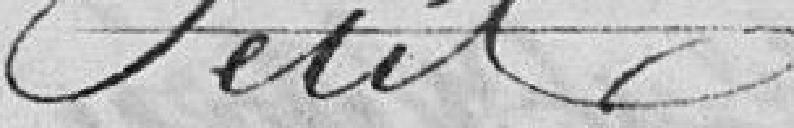
Petit